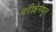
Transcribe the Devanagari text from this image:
परीक्षेमधून